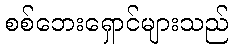
စစ်ဘေးရှောင်များသည်